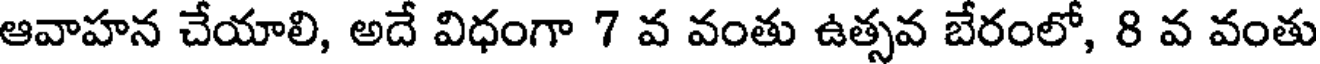
ఆవాహన చేయాలి, అదే విధంగా 7 వ వంతు ఉత్సవ బేరంలో, 8 వ వంతు